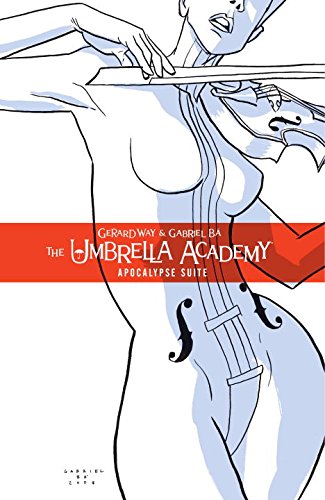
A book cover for The Umbrella Academy, Vol. 1; Gerard Way; Comics & Graphic Novels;